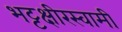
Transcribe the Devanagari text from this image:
भट्टक्षीरस्वामी